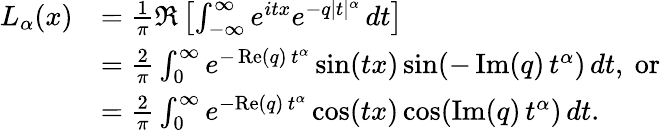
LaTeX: {\begin{array}{rl}{L_{\alpha}(x)}&{={\frac{1}{\pi}}\Re\left[\int_{-\infty}^{\infty}e^{itx}e^{-q|t|^{\alpha}}\, dt\right]}\\ &{={\frac{2}{\pi}}\int_{0}^{\infty}e^{-\operatorname{Re}(q)\, t^{\alpha}}\sin(tx)\sin(-\operatorname{Im}(q)\, t^{\alpha})\, dt,{\mathrm{~or~}}}\\ &{={\frac{2}{\pi}}\int_{0}^{\infty}e^{-{\mathrm{Re}}(q)\, t^{\alpha}}\cos(tx)\cos(\operatorname{Im}(q)\, t^{\alpha})\, dt.}\end{array}}